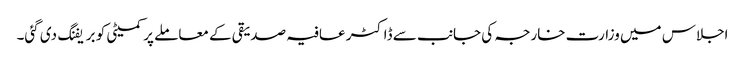
اجلاس میں وزارت خارجہ کی جانب سے ڈاکٹر عافیہ صدیقی کے معاملے پر کمیٹی کو بریفنگ دی گئی۔